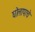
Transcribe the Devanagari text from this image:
घोलापाचे